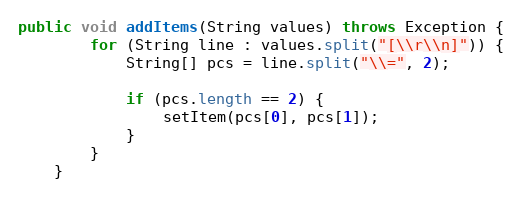
Language: Java
public void addItems(String values) throws Exception {
        for (String line : values.split("[\\r\\n]")) {
            String[] pcs = line.split("\\=", 2);

            if (pcs.length == 2) {
                setItem(pcs[0], pcs[1]);
            }
        }
    }